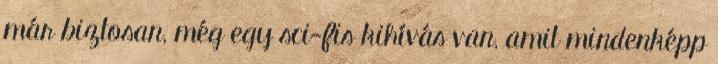
már biztosan, még egy sci-fis kihívás van, amit mindenképp